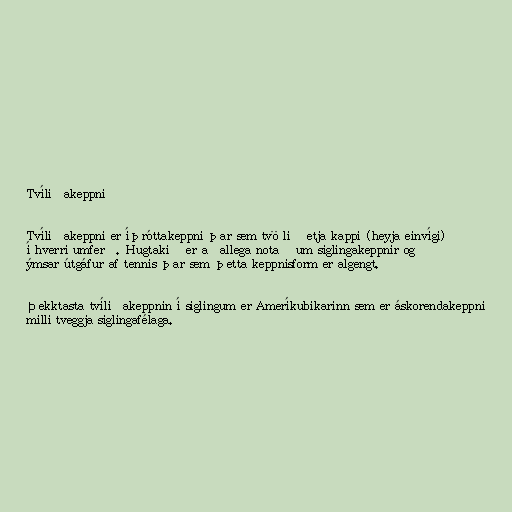
Tvíliðakeppni

Tvíliðakeppni er íþróttakeppni þar sem tvö lið etja kappi (heyja einvígi)
í hverri umferð. Hugtakið er aðallega notað um siglingakeppnir og
ýmsar útgáfur af tennis þar sem þetta keppnisform er algengt.

Þekktasta tvíliðakeppnin í siglingum er Ameríkubikarinn sem er áskorendakeppni
milli tveggja siglingafélaga.